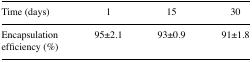
| Time (days) | 1 | 15 | 30 |
 | --- | --- | --- | --- |
 | Encapsulation efficiency (%) | 95±2.1 | 93±0.9 | 91±1.8 |